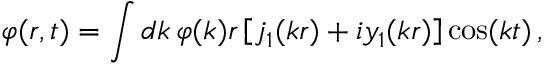
\varphi ( r , t ) = \int d k \, \varphi ( k ) r \left[ j _ { 1 } ( k r ) + i y _ { 1 } ( k r ) \right] \cos ( k t ) \, ,